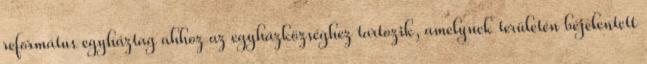
református egyháztag ahhoz az egyházközséghez tartozik, amelynek területén bejelentett